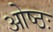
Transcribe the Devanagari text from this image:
ओष्ठः